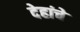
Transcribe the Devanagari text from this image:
देहांचे